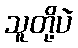
သူတို့ပဲ